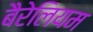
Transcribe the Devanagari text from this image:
बैरेलियम